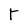
Character: Y